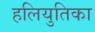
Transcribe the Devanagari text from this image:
हलियुतिका